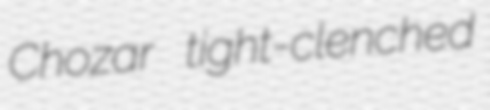
Chozar tight-clenched